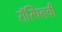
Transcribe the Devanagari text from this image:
रॉस्पिनची